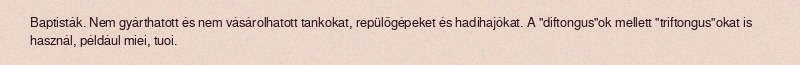
Baptisták. Nem gyárthatott és nem vásárolhatott tankokat, repülőgépeket és hadihajókat. A "diftongus"ok mellett "triftongus"okat is használ, például miei, tuoi.